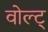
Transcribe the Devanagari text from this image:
वोल्ट्